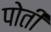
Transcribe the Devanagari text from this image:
पोतीं